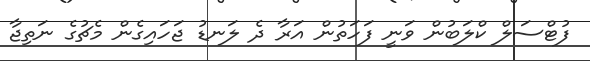
ފުޓްސަލް ކްލަބުން ވަނީ ފަހަތުން އަރާ ދެ ލަނޑު ޖަހައިގެން މެޗުގެ ނަތިޖާ